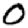
Digit: 0